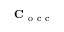
\mathbf C _ { \mathrm { ~ o ~ c ~ c ~ } }